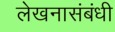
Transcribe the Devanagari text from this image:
लेखनासंबंधी